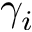
\gamma _ { i }